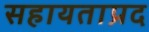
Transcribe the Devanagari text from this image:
सहायताप्रद